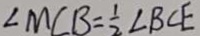
\angle M C B = \frac { 1 } { 2 } \angle B C E